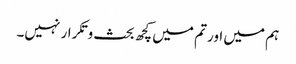
ہم میں اور تم میں کچھ بحث وتکرار نہیں۔